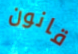
قانون